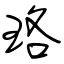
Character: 珞